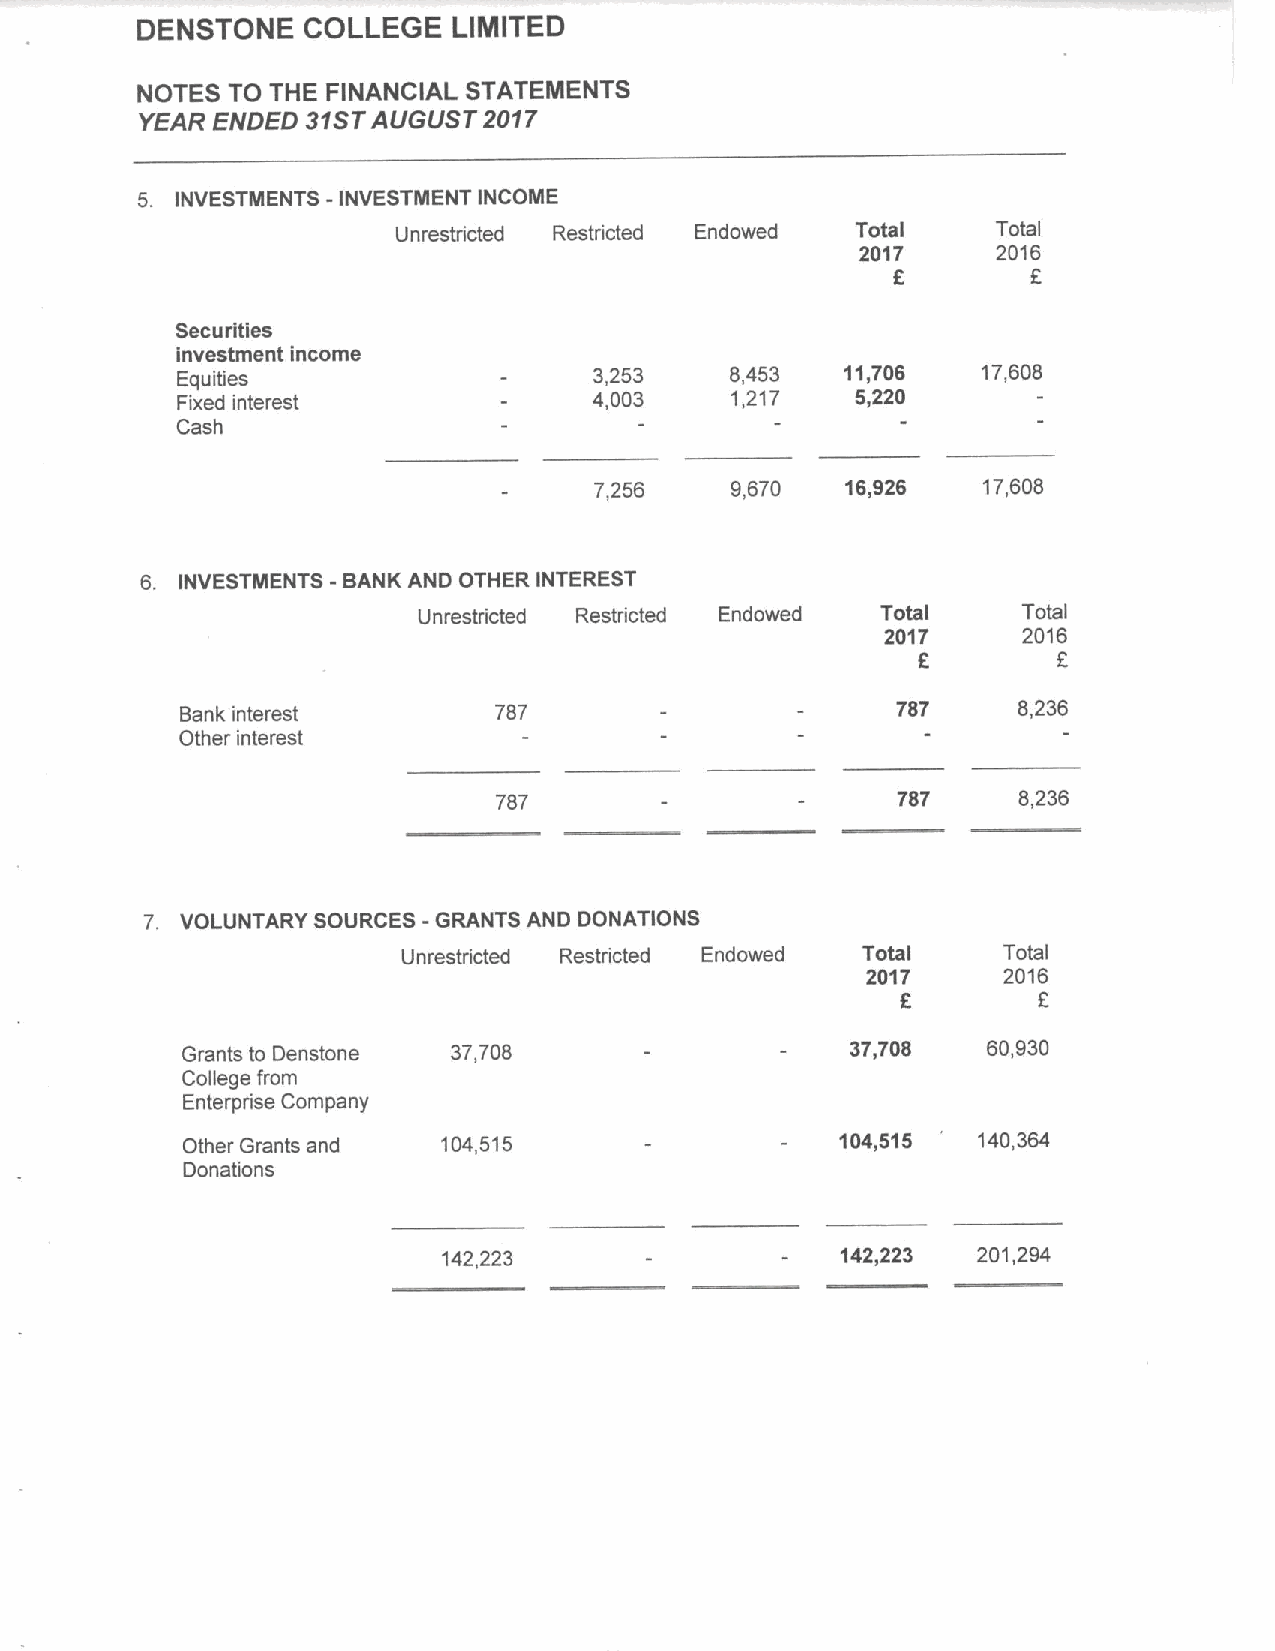
DENSTONE   COLLEGE   LIMITED
 NOTES TO THE FINANCIAL STATEMENTS
 YEAR ENDED 31STAUGUST  2017
 5. INVESTMENTS -INVESTMENT INCOME
 Unrestricted Restricted Endowed Total   Total
 2017     2016
 F
 Securities
 investment income
 Equities                   3,253    8,453   11,706   17,608
 Fixed interest             4,003    1,217    5,220
 Cash
 7,256    9,670   16,926   17,608
 6. INVESTMENTS - BANK AND OTHER INTEREST
 Unrestricted Restricted Endowed Total   Total
 2017     2016
 6
 Bank interest        787                       787     8,236
 Other interest
 787                       787     8,236
 7. VOLUNTARY SOURCES - GRANTS AND DONATIONS
 Unrestricted Restricted Endowed Total  Total
 2017     2016
 6        F
 Grants to Denstone 37,708                   37,708   60,930
 College from
 Enterprise Company
 Other Grants and 104,515                    104,515  140,364
 Donations
 142,223                    142,223  201,294